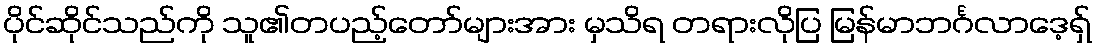
ပိုင်ဆိုင်သည်ကို သူ၏တပည့်တော်များအား မှသိရ တရားလိုပြ မြန်မာဘင်္ဂလာဒေ့ရှ်